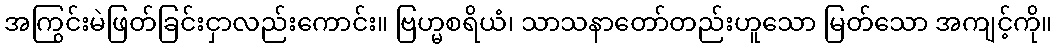
အကြွင်းမဲဖြတ်ခြင်းငှာလည်းကောင်း။ ဗြဟ္မစရိယံ၊ သာသနာတော်တည်းဟူသော မြတ်သော အကျင့်ကို။